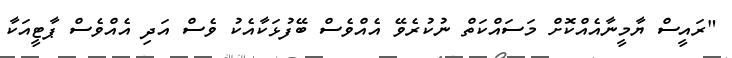
"ރައީސް ޔާމީނާއެއްކޮށް މަސައްކަތް ނުކުރެވޭ އެއްވެސް ބޭފުޅަކާއެކު ވެސް އަދި އެއްވެސް ޕާޓީއަކާ